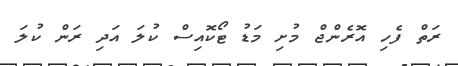
ރަތް ފެހި އޮރެންޖް މުށި މަޑު ޓޯކޮއިސް ކުލަ އަދި ރަން ކުލަ